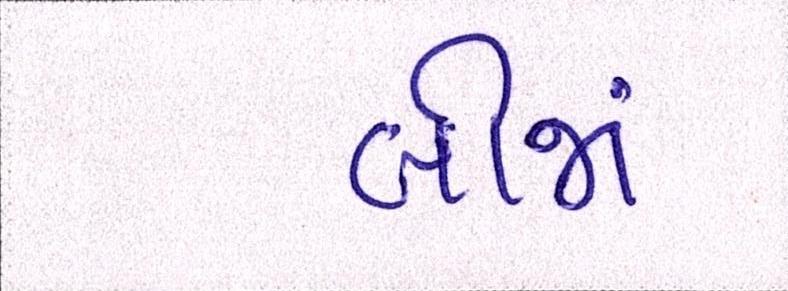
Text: બીજાં